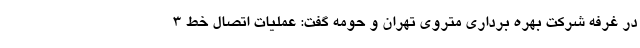
در غرفه شرکت بهره برداری متروی تهران و حومه گفت: عملیات اتصال خط ۳